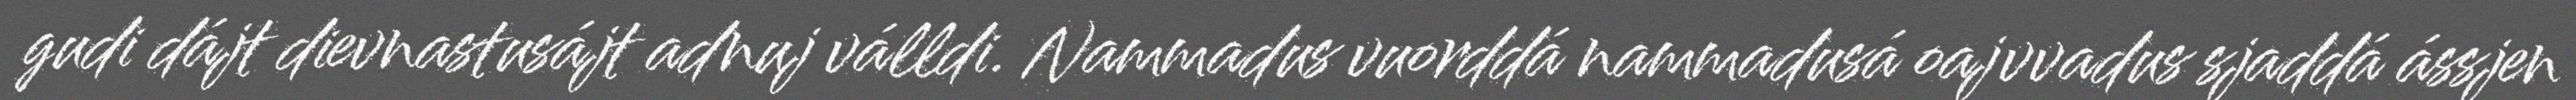
gudi dájt dievnastusájt adnuj válldi. Nammadus vuorddá nammadusá oajvvadus sjaddá ássjen